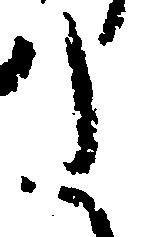
た